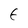
Character: E